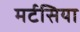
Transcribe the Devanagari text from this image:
मर्टसिया